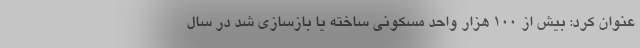
عنوان کرد: بیش از ۱۰۰ هزار واحد مسکونی ساخته یا بازسازی شد در سال